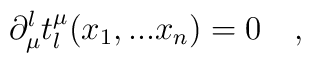
\partial_\mu^l t^\mu_l(x_1,...x_n) = 0 \quad , {}